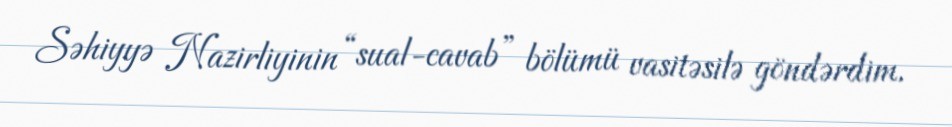
Səhiyyə Nazirliyinin “sual-cavab” bölümü vasitəsilə göndərdim.